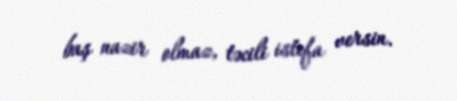
baş nazir olmaz, təcili istefa versin.